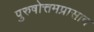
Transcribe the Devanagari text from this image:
पुरुषोत्तमप्रासाद